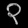
Digit: ၃